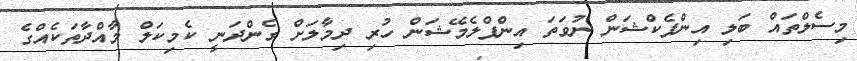
މިސެލްތައް ބަލި އިންފެކްޝަން ނުވަތަ އިންފްލެމޭޝަން ހުރި ދިމާލަށް ގެންދަނީ ކެމިކަލް މާއްދާތަކެއްގެ